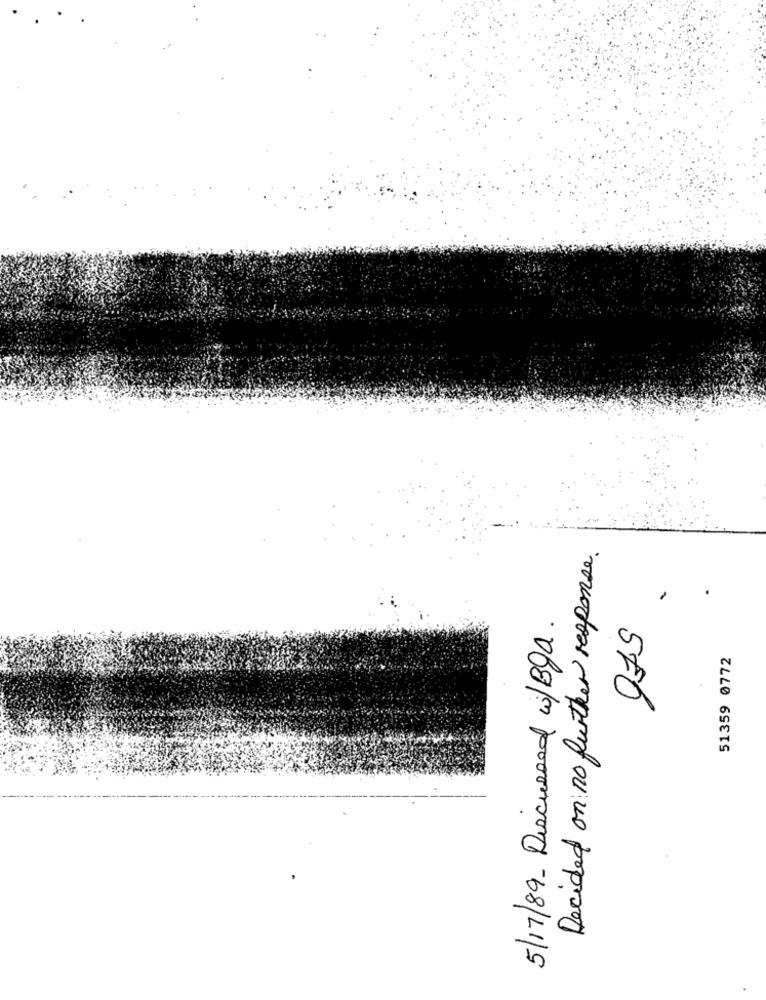
Decided on no further response.
.
5/17/89- Discussed w/Bga.
51359 0772
5F6